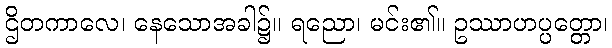
ဌိတကာလေ၊ နေသောအခါ၌။ ရညော၊ မင်း၏။ ဥဿာဟပ္ပတ္တော၊